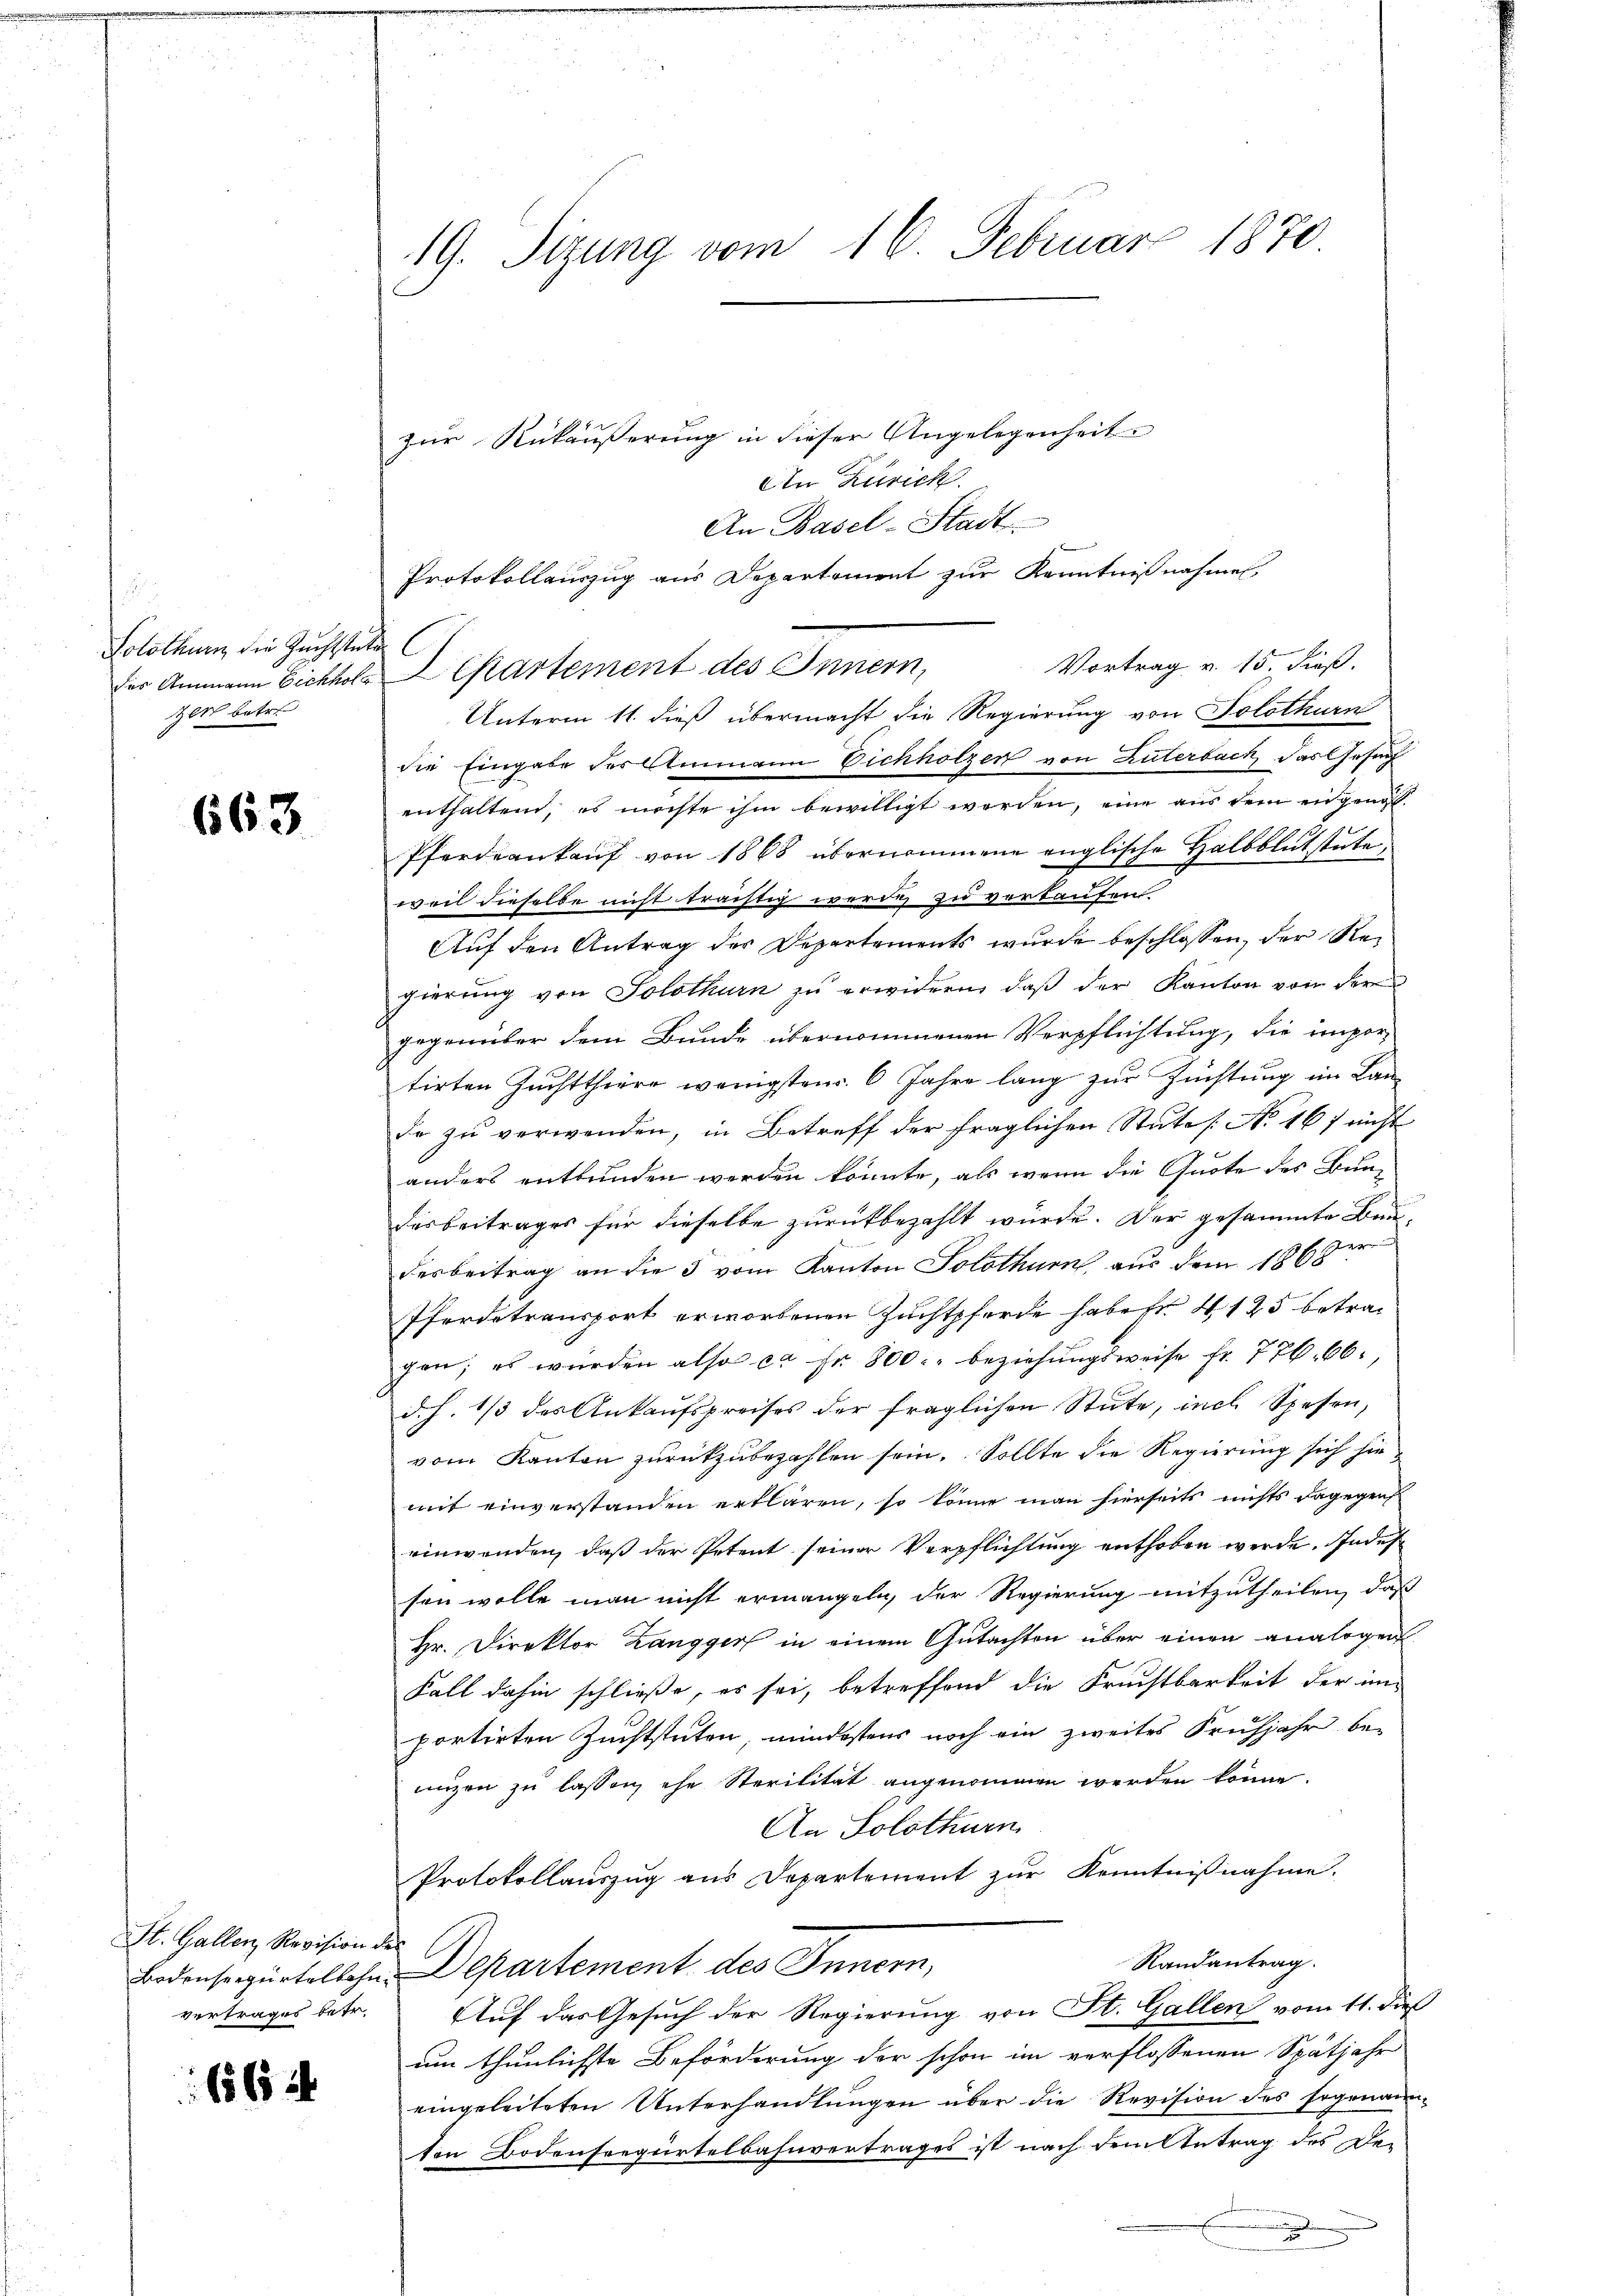
Solothurn die Zuchtstete C
Zeit betr.

663

St. Gallen Revision der

1565 x

19. Sitzung vom 16. Februar 1870.
zur Rükäußerung in dieser Angelegenheit
An Zürich.

Vortrag v. 15. dieß.
die Eingabe der Ammann Eichholzer von Zuterbach das Gesuch
enthaltend, es möchte ihm bewilligt werden, eine aus dem eingenoß¬
Pferdeankauf von 1868 übernommene englische Halbblutstute
weil dieselbe nicht trächtig werde zu verkaufen
Auf den Antrag der Departements wurde beschlossen, der Regierung von Solothurn zu erwidern, daß der Kanton von der
gegenüber dem Bunde übernommenen Verpflichtung, die impor-
tirten Zuchtthiere wenigsten 6 Jahre lang zur Zuchtung im Lande zu verwenden, in Betreff der fraglichen Stutes No 167 nicht
anders entbunden werden könnte, als wenn die Quote des Buni
desbeitrages für dieselbe zurückbezahlt würde. Der gesammte Baudesbeitrag an die 3 vom Kanton Solothurn aus dem 1868
Pferdetransport erworbenen Zuchtpferde haben 4 125 betragen; es würden also ca Fr. 800. beziehŭngsweise fr. 776. 66.
d. h. 1/3 des Ankaufspreises der fraglichen Stute, incl. Spesen,
vom Kanton zurückzubezahlen sein. Sollte die Regierung sich hie
mit einverstanden erklären, so könne man hierseits nichts dagegens
einwenden, daß der Petent seiner Verpflichtung enthoben werde. Indes
sen wolle man nicht ermangeln, der Regierung mitzutheilen, daß
Hr. Direktor Zangger in einem Gutachten über einen analogen
Fall dahin schließe, es sei, betreffend die Fruchtbarkeit der im
portirten Zuchtstuten, mindestens noch ein zweites Frühjahr be-
nuzen zu lassen, ehe Sterilität angenommen werden könne.
An Solothurn
Protokollauszug aus Departement zur Kenntnißnahme.
Randantrag.
Bodenseegürtelbahn Departement des Innern,
vertrages betr. Auf das Gesuch der Regierung von St. Gallen vom 11. dieß
um thunlichste Beförderung der schon im verflossenen Spätjahr
eingeleiteten Unterhandlungen über die Revision des Ergenannten Bodensregürtelbahnvertrages ist nach dem Antrag des De-

An Basel-Stadt
Protokollauszug aus Departement zur Kenntnißnahmen,
der Ammann Eichholz Cartement des Innern,
Unterm 11. dieß übermacht die Regierung von Solothurn